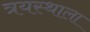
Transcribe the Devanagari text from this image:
त्रयस्थाला